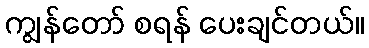
ကျွန်တော် စရန် ပေးချင်တယ်။